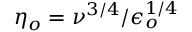
\eta _ { o } = \nu ^ { 3 / 4 } / \epsilon _ { o } ^ { 1 / 4 }